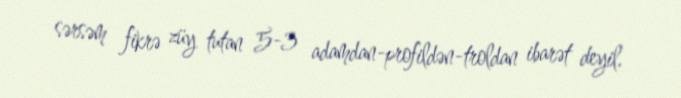
sərsəm fikrə züy tutan 5-3 adamdan-profildən-troldan ibarət deyil.